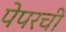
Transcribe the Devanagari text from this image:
पेपरची